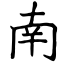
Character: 南